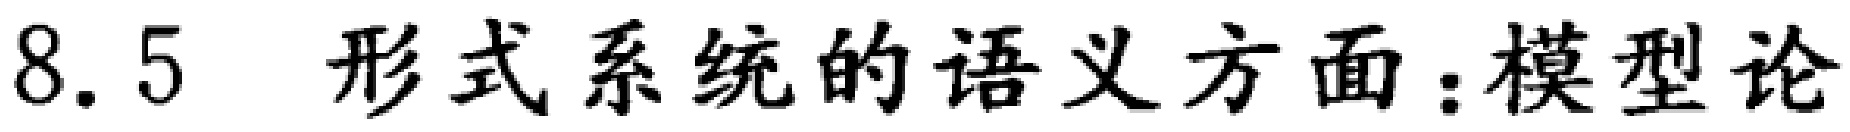
8.5 形式系统的语义方面：模型论